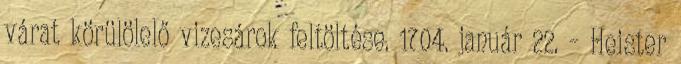
várat körülölelő vizesárok feltöltése. 1704. január 22. – Heister